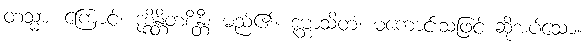
တသ္မာ၊ ကြောင့်။ ဒုစ္စိန္တိတစိန္တီ၊ မည်၏။ ဒုဗ္ဘာသိတံ၊ မကောင်းသဖြင့် ဆိုအပ်သော။